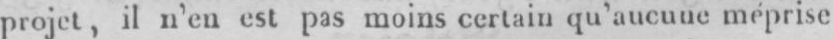
projet, il n’en est pas moins certain qu’aucune méprise